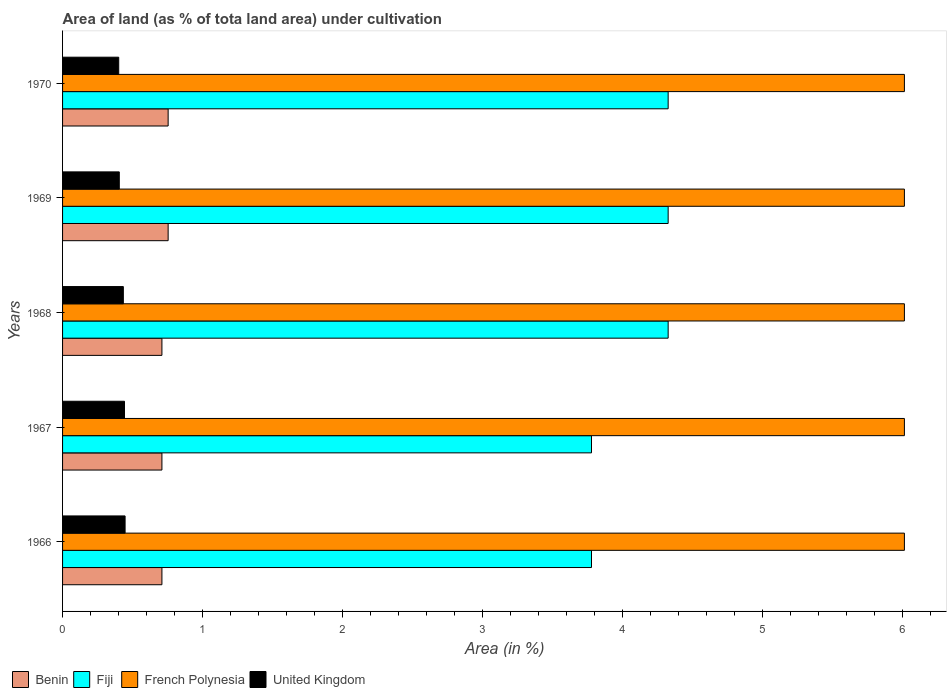
| Years | Benin | Fiji | French Polynesia | United Kingdom |
 | --- | --- | --- | --- | --- |
 | 1966 | 0.709 | 3.78 | 6.01 | 0.446 |
 | 1967 | 0.709 | 3.78 | 6.01 | 0.442 |
 | 1968 | 0.709 | 4.32 | 6.01 | 0.434 |
 | 1969 | 0.754 | 4.32 | 6.01 | 0.405 |
 | 1970 | 0.754 | 4.32 | 6.01 | 0.401 |